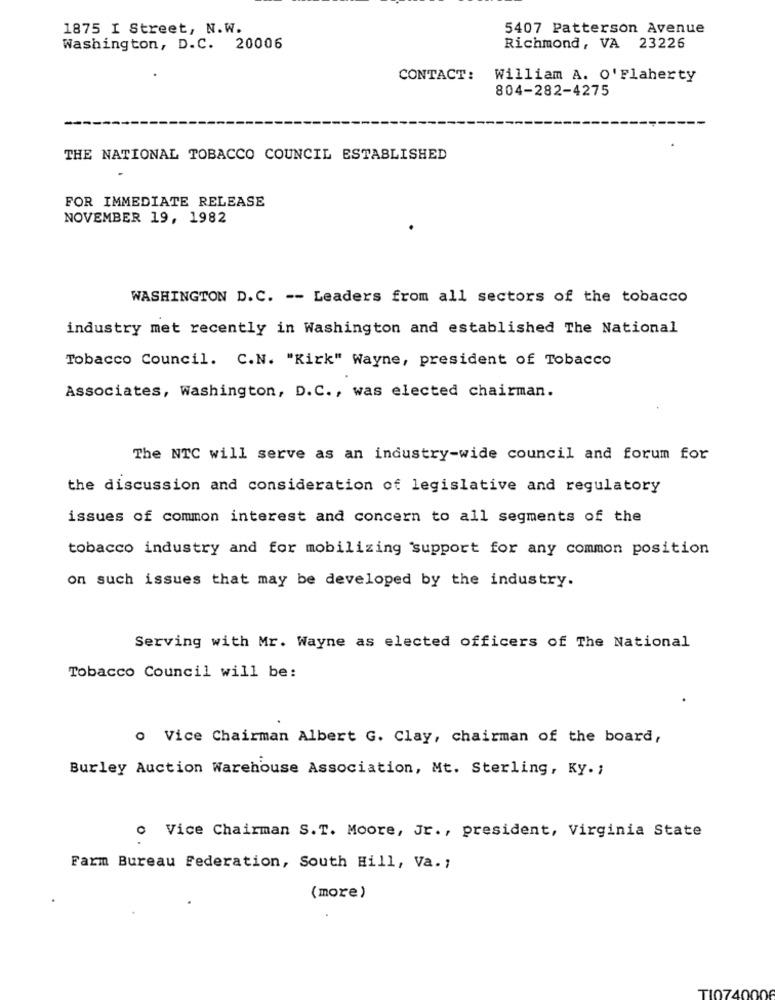
1875 I Street, N.W.
5407 Patterson Avenue
Washington, D.C. 20006
Richmond, VA 23226
CONTACT:
William A. O'Flaherty
804-282-4275
THE NATIONAL TOBACCO COUNCIL ESTABLISHED
FOR IMMEDIATE RELEASE
NOVEMBER 19, 1982
WASHINGTON D. C. -- Leaders from all sectors of the tobacco
industry met recently in Washington and established The National
Tobacco Council. C.N. "Kirk" Wayne, president of Tobacco
Associates, Washington, D.C ., was elected chairman.
The NTC will serve as an industry-wide council and forum for
the discussion and consideration of legislative and regulatory
issues of common interest and concern to all segments of the
tobacco industry and for mobilizing support for any common position
on such issues that may be developed by the industry.
Serving with Mr. Wayne as elected officers of The National
Tobacco Council will be:
o Vice Chairman Albert G. Clay, chairman of the board,
Burley Auction Warehouse Association, Mt. Sterling, Ky .;
o Vice Chairman S.T. Moore, Jr ., president, Virginia State
Farm Bureau Federation, South Hill, Va .;
(more)
TI0740